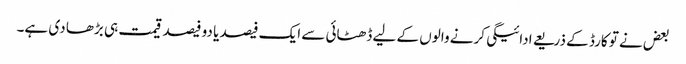
بعض نے تو کارڈ کے ذریعے ادائیگی کرنے والوں کے لیے ڈھٹائی سے ایک فیصد یا دو فیصد قیمت ہی بڑھا دی ہے۔